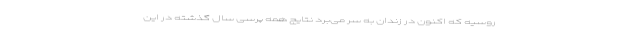
روسیه که اکنون در زندان به سر می‌برد نتایج همه پرسی سال گذشته در این